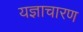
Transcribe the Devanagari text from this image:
यज्ञाचारण